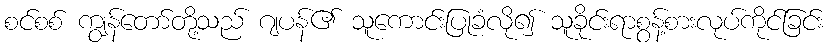
စင်စစ် ကျွန်တော်တို့သည် ဂျပန်၏ သူကောင်းပြုခံလို၍ သူခိုင်းရာစွန့်စားလုပ်ကိုင်ခြင်း